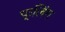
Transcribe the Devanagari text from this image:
फ्लिंग